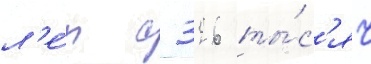
л'е́т с 326 ты́с'яч